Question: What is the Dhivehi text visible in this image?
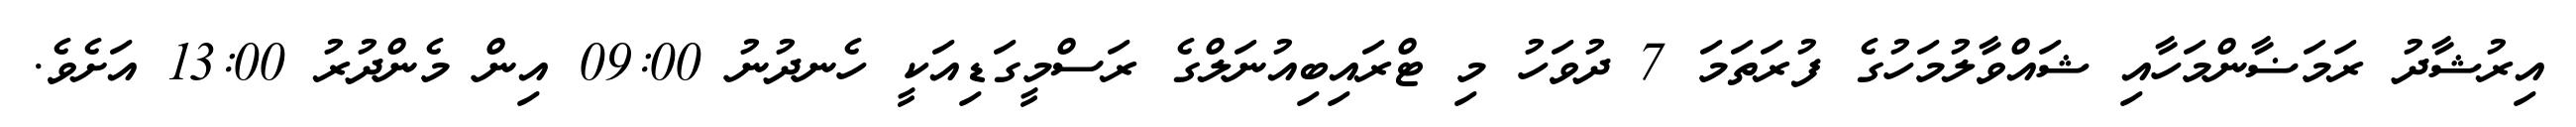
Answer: އިރުޝާދު ރަމަޟާންމަހާއި ޝައްވާލުމަހުގެ ފުރަތަމަ 7 ދުވަހު މި ޓްރައިބިއުނަލްގެ ރަސްމީގަޑިއަކީ ހެނދުނު 09:00 އިން މެންދުރު 13:00 އަށެވެ.